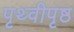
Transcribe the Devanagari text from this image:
पृथ्वीपृष्ठ